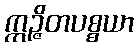
ဣဉ္ဇိတပစ္စယာ